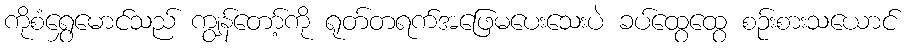
ကိုစံရွှေမောင်သည် ကျွန်တော့်ကို ရုတ်တရက်အဖြေမပေးသေးပဲ ခပ်ထွေထွေ စဉ်းစားသယောင်